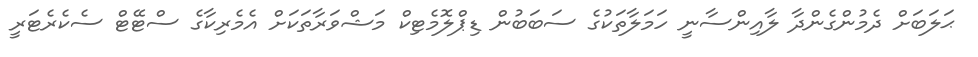
ޙަލަބަށް ދެމުންގެންދާ ލާއިންސާނީ ހަމަލާތަކުގެ ސަބަބުން ޑިޕްލޮމެޓިކް މަޝްވަރާތަކަށް އެމެރިކާގެ ސްޓޭޓް ސެކެރެޓަރީ